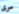
سرى